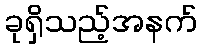
ခုရှိသည့်အနက်